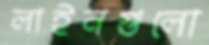
লাইনগুলো